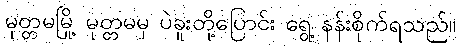
မုတ္တမမြို့ မုတ္တမမှ ပဲခူးတို့ပြောင်း ရွေ့ နန်းစိုက်ရသည်။